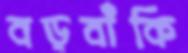
বড়বাঁকি